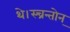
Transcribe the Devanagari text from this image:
थे।स्च्रन्तोन्